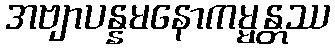
အဗျာပန္နမနောကမ္မန္တဿ